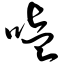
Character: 嗑